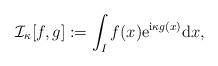
LaTeX: \begin{align*}\mathcal{I}_\kappa[f,g]:=\int_I f(x){\rm e}^{{\rm i}\kappa g(x)}{\rm d} x,\end{align*}